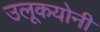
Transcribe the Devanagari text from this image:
उलूकयोनी